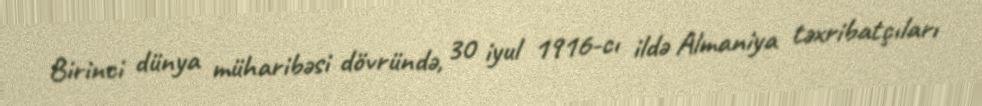
Birinci dünya müharibəsi dövründə, 30 iyul 1916-cı ildə Almaniya təxribatçıları